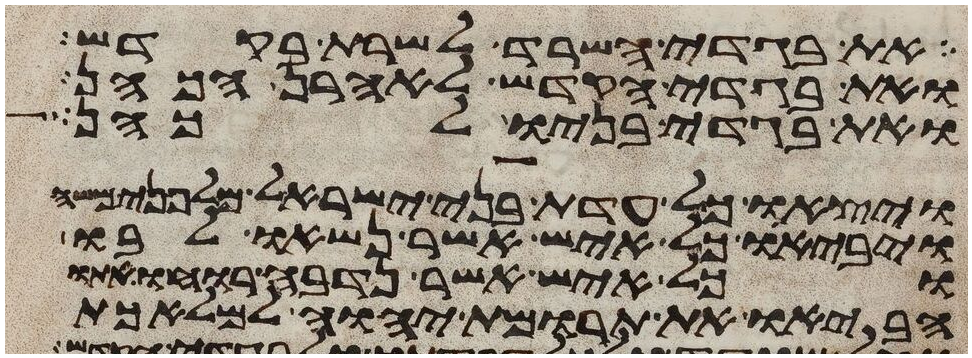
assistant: את בגדי השרד לשרת בקדש
ואת בגדי הקדש לאהרן הכהן
ואת בגדי בניו לכהן
ויצאו כל עדת בני ישראל מלפני משה
ויביאו כל איש אשר נשאו לבו
וכל איש אשר נדבה רוחו אתו
הביאו את תרומת יהוה למלאכת